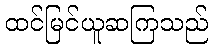
ထင်မြင်ယူဆကြသည်